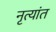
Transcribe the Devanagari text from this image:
नृत्यांत